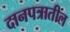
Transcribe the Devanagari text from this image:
दानपत्रातील